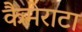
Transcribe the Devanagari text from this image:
कैमेराटा